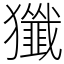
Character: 㺤